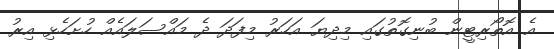
އެ އޮތޯރިޓީން ބުނިގޮތުގައި މިދިޔަ އަހަރު މިފަދަ ދެ މައްސަލައެއް ހުށަހެޅި އިރު